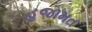
હજામત